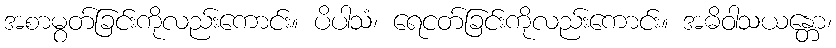
အစာမွတ်ခြင်းကိုလည်းကောင်း။ ပိပါသံ၊ ရေငတ်ခြင်းကိုလည်းကောင်း။ အဓိဝါသယန္တော၊